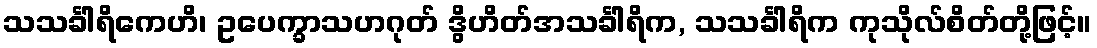
သသင်္ခါရိကေဟိ၊ ဥပေက္ခာသဟဂုတ် ဒွိဟိတ်အသင်္ခါရိက, သသင်္ခါရိက ကုသိုလ်စိတ်တို့ဖြင့်။